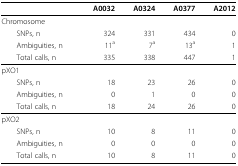
<table><thead><tr><td></td><td><b>A0032</b></td><td><b>A0324</b></td><td><b>A0377</b></td><td><b>A2012</b></td></tr></thead><tbody><tr><td>Chromosome</td><td></td><td></td><td></td><td></td></tr><tr><td> SNPs, n</td><td>324</td><td>331</td><td>434</td><td>0</td></tr><tr><td> Ambiguities, n</td><td>11<sup>a</sup></td><td>7<sup>a</sup></td><td>13<sup>a</sup></td><td>1</td></tr><tr><td> Total calls, n</td><td>335</td><td>338</td><td>447</td><td>1</td></tr><tr><td>pXO1</td><td></td><td></td><td></td><td></td></tr><tr><td> SNPs, n</td><td>18</td><td>23</td><td>26</td><td>0</td></tr><tr><td> Ambiguities, n</td><td>0</td><td>1</td><td>0</td><td>0</td></tr><tr><td> Total calls, n</td><td>18</td><td>24</td><td>26</td><td>0</td></tr><tr><td>pXO2</td><td></td><td></td><td></td><td></td></tr><tr><td> SNPs, n</td><td>10</td><td>8</td><td>11</td><td>0</td></tr><tr><td> Ambiguities, n</td><td>0</td><td>0</td><td>0</td><td>0</td></tr><tr><td> Total calls, n</td><td>10</td><td>8</td><td>11</td><td>0</td></tr></tbody></table>